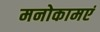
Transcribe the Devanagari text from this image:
मनोकामएं